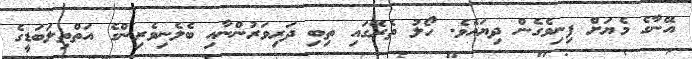
އޭނާގެ މެޔަށް ފިނިވެގެން ދިޔައެވެ. ހޯލު ތެރޭގައި ތިބި ދަރިވަރުންނާއި ބެލެނިވެރިންގެ އަތްތިލަބަޑީގެ